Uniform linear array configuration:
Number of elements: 8
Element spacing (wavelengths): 1
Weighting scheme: binomial
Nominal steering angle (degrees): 0
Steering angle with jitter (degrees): -0.5548
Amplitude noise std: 0.05
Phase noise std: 0.05

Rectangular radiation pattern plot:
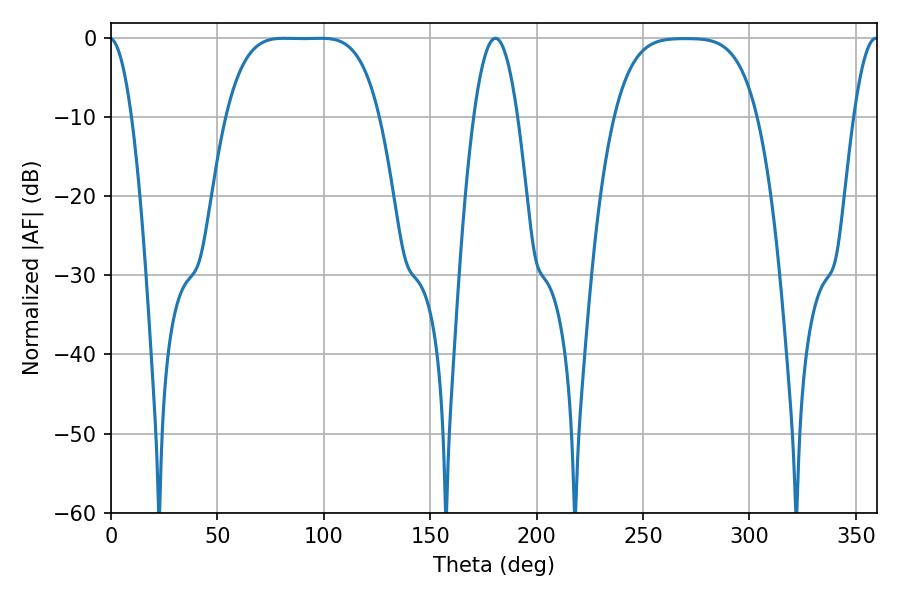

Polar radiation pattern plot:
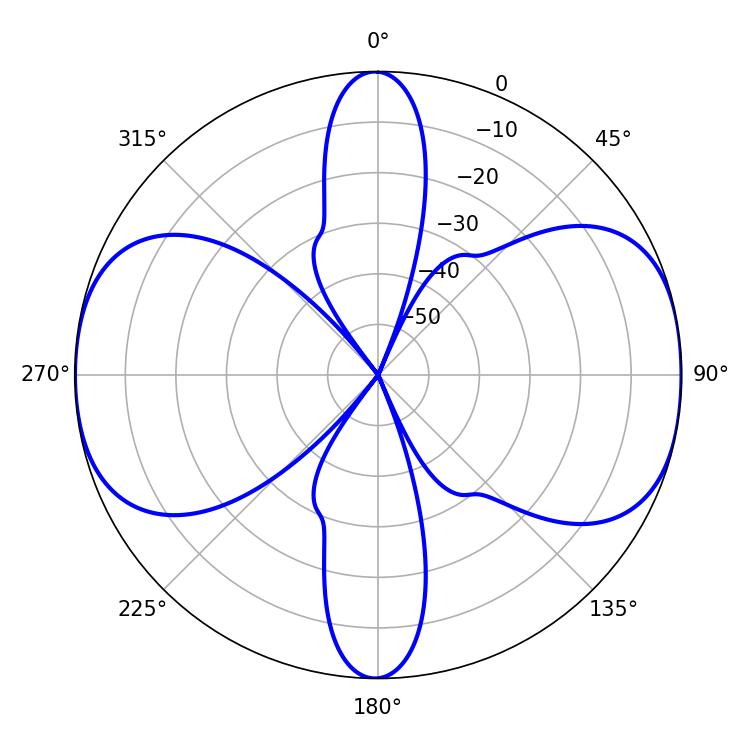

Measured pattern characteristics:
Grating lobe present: TRUE
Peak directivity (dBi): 12.894
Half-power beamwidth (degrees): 54.36
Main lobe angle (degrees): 81.36